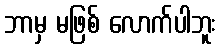
ဘာမှ မဖြစ် လောက်ပါဘူး